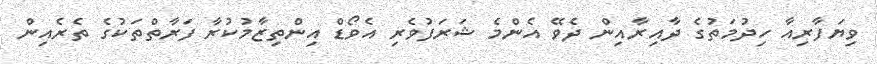
ވިޔަފާރިއާ ހިދުމަތުގެ ދާއިރާއިން ދެވޭ އެންމެ ޝަރަފުވެރި އެވޯޑް އިންތިޒާމުކުރާ ފަރާތްތަކުގެ ތެރެއިން